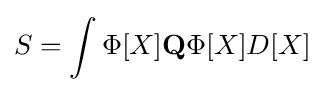
S=\int \Phi [X]\mathbf {Q} \Phi [X]D[X]